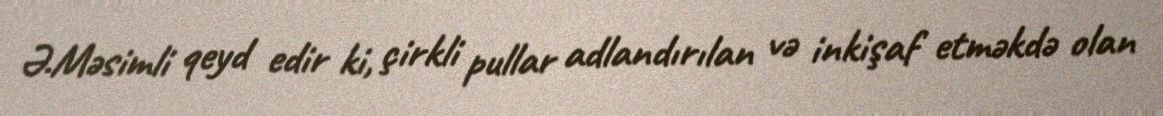
Ə.Məsimli qeyd edir ki, çirkli pullar adlandırılan və inkişaf etməkdə olan